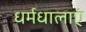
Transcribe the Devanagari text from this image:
धर्मधालाएं